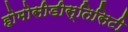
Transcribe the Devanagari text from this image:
होमोसीडीस्तिसिटी